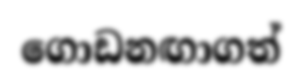
ගොඩනඟාගත්